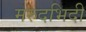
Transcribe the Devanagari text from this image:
मरुदभिदी